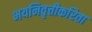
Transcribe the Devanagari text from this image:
भयनिवृत्तीकरिता